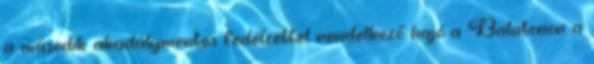
a második akadálymentes fedélzettel rendelkező hajó a Balatonon a